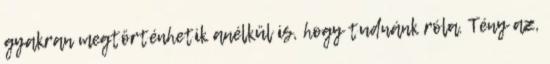
gyakran megtörténhetik anélkül is, hogy tudnánk róla. Tény az,